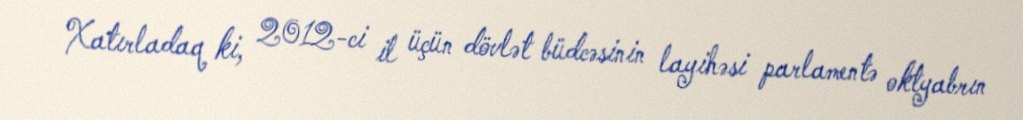
Xatırladaq ki, 2012-ci il üçün dövlət büdcəsinin layihəsi parlamentə oktyabrın